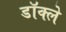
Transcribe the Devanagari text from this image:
डॉक्ले